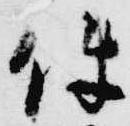
件